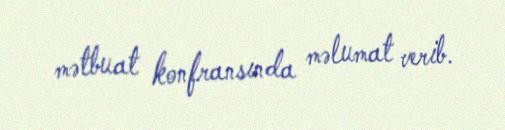
mətbuat konfransında məlumat verib.